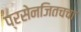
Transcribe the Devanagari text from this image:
प्रसेनजितचचा